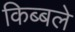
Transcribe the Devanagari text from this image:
किब्बले